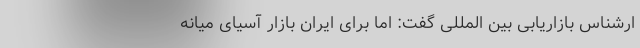
ارشناس بازاریابی بین المللی گفت: اما برای ایران بازار آسیای میانه